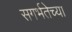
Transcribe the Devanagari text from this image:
सगर्भतेच्या